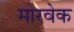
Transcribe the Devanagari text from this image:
मोरवेक